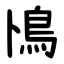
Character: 鳪